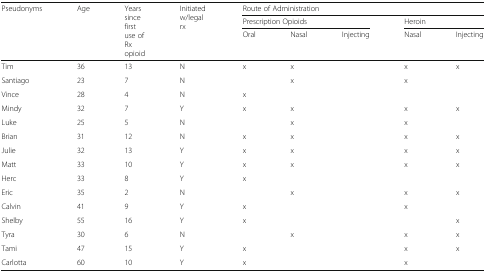
| <ROWSPAN=3> Pseudonyms | <ROWSPAN=3> Age | <ROWSPAN=3> Years since first use of Rx opioid | <ROWSPAN=3> Initiated w/legal rx | <COLSPAN=5> Route of Administration |
 | <COLSPAN=3> Prescription Opioids | <COLSPAN=2> Heroin |
 | Oral | Nasal | Injecting | Nasal | Injecting |
 | --- | --- | --- | --- | --- | --- | --- | --- | --- |
 | Tim | 36 | 13 | N | x | x |  | x | x |
 | Santiago | 23 | 7 | N |  | x |  | x |  |
 | Vince | 28 | 4 | N | x |  |  |  |  |
 | Mindy | 32 | 7 | Y | x | x |  | x | x |
 | Luke | 25 | 5 | N |  | x |  | x |  |
 | Brian | 31 | 12 | N | x | x |  | x | x |
 | Julie | 32 | 13 | Y | x | x |  | x | x |
 | Matt | 33 | 10 | Y | x | x |  | x | x |
 | Herc | 33 | 8 | Y | x |  |  |  |  |
 | Eric | 35 | 2 | N |  | x |  | x | x |
 | Calvin | 41 | 9 | Y | x |  |  | x |  |
 | Shelby | 55 | 16 | Y | x |  |  |  | x |
 | Tyra | 30 | 6 | N |  | x |  | x | x |
 | Tami | 47 | 15 | Y | x |  |  | x | x |
 | Carlotta | 60 | 10 | Y | x |  |  | x |  |